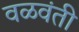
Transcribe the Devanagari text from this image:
वळवंती